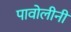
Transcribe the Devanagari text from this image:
पावोलीनी